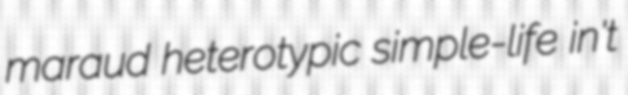
maraud heterotypic simple-life in't